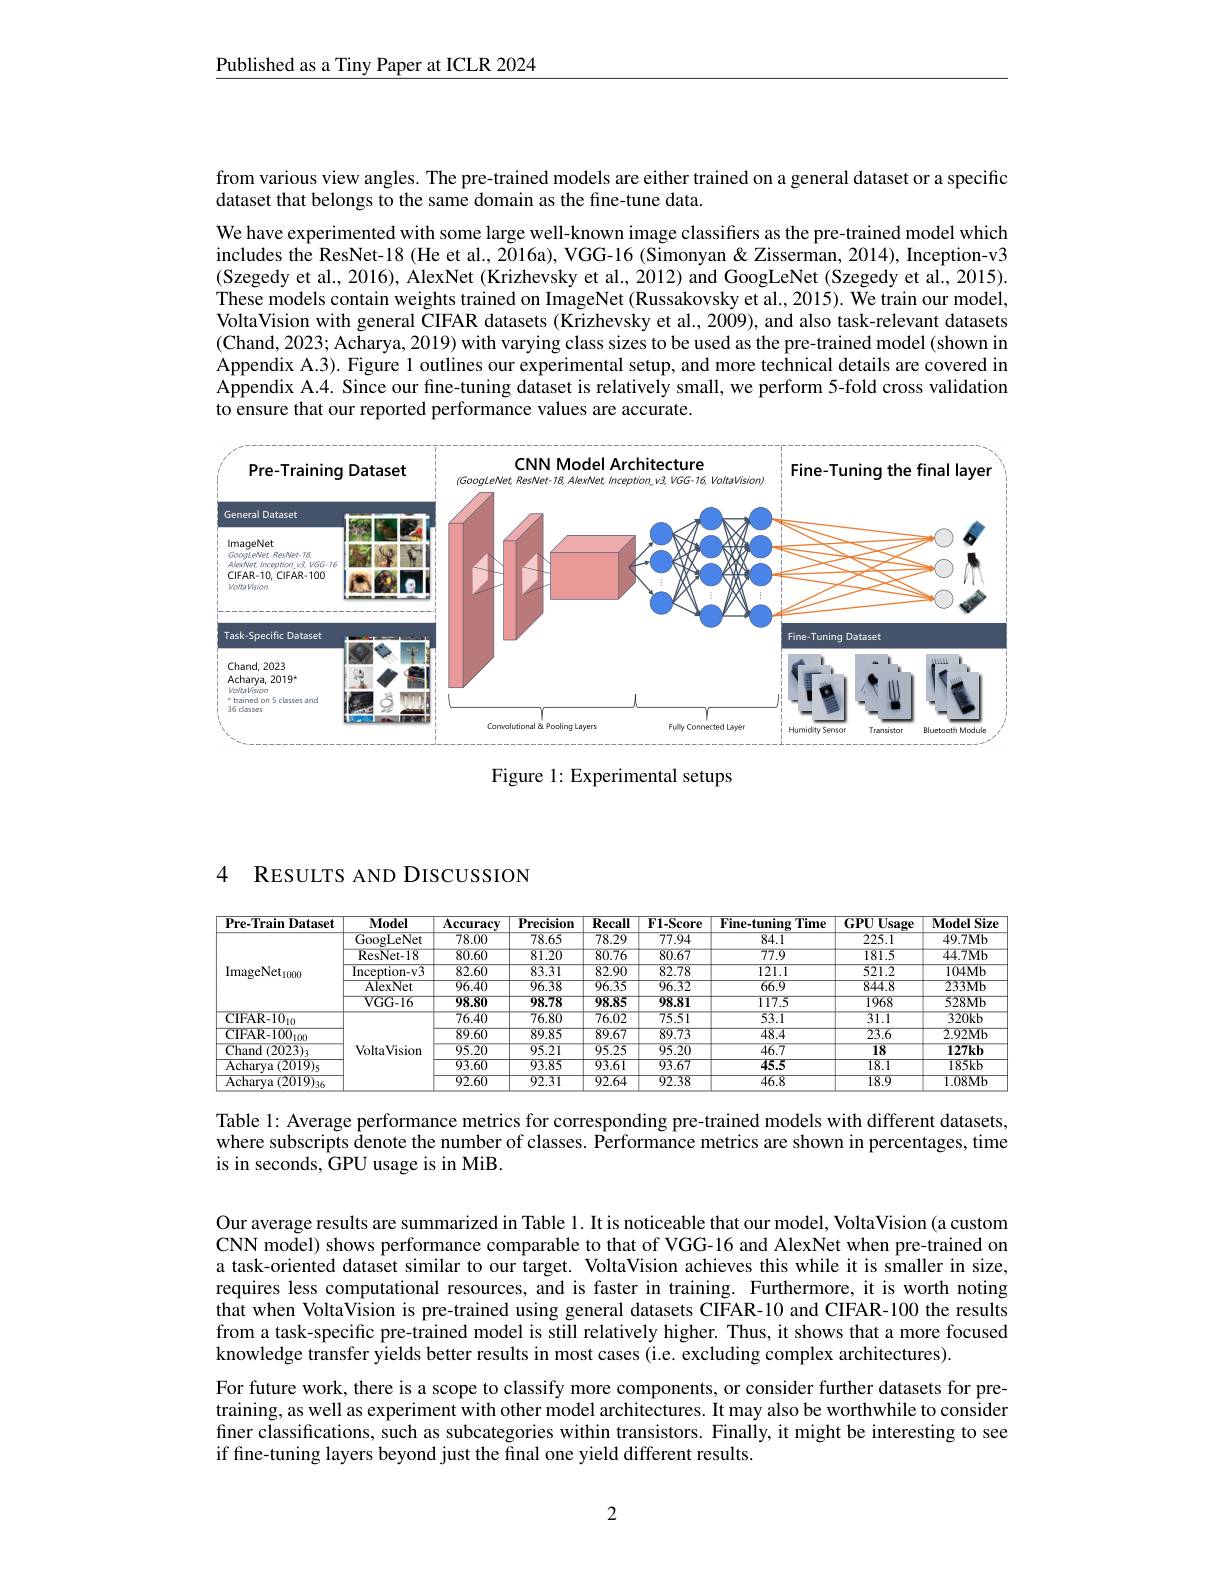
Published as a Tiny Paper at ICLR 2024

from various view angles. The pre-trained models are either trained on a general dataset or a specific
dataset that belongs to the same domain as the fine-tune data.
We have experimented with some large well-known image classifiers as the pre-trained model which includes the ResNet-18 (He et al., 2016a), VGG-16 (Simonyan & Zisserman, 2014), Inception-v3 (Szegedy et al., 2016), AlexNet (Krizhevsky et al., 2012) and GoogLeNet (Szegedy et al., 2015). These models contain weights trained on ImageNet (Russakovsky et al., 2015). We train our model, VoltaVision with general CIFAR datasets (Krizhevsky et al., 2009), and also task-relevant datasets (Chand, 2023; Acharya, 2019) with varying class sizes to be used as the pre-trained model (shown in Appendix A.3). Figure 1 outlines our experimental setup, and more technical details are covered in Appendix A. Since our fine-tuning dataset is relatively small, we perform 5-fold cross validation to ensure that our reported performance values are accurate.

<FigureHere>

Figure 1: Experimental setups

### 4 RESULTS AND DISCUSSION

<table>
	<tbody>
		<tr>
			<th>$\mathbf{Pre-TrainDataset}$</th>
			<th>$\mathbf{Model}$</th>
			<th>$\mathbf{Accuracy}$</th>
			<th>$\mathbf{Precision}$</th>
			<th>Recall</th>
			<th>$\mathbf{F1-Score}$</th>
			<th>Fine-tuning $\overline{{:}\mathbf{Time}}$</th>
			<th>${\mathbf{GPUUSage}}$</th>
			<th>${\mathbf{ModelSize}}$</th>
		</tr>
		<tr>
			<td rowspan="5">$\mathrm{ImageNet}_{1000}$</td>
			<td>GoogLeNet</td>
			<td>78.00</td>
			<td>78.65</td>
			<td>$\overline{78.29}$</td>
			<td>77.94</td>
			<td>$\overline{84.1}$</td>
			<td>225.1</td>
			<td>$49.7Mb$</td>
		</tr>
		<tr>
			<td>ResNet-18</td>
			<td>80.60</td>
			<td>81.20</td>
			<td>80.76</td>
			<td>80.67</td>
			<td>777.9</td>
			<td>181.5</td>
			<td>$44.7Mb$</td>
		</tr>
		<tr>
			<td>Inception-v3</td>
			<td>82.60</td>
			<td>83.31</td>
			<td>82.90</td>
			<td>82.78</td>
			<td>121.1</td>
			<td>521.2</td>
			<td>104Mb</td>
		</tr>
		<tr>
			<td>AlexNet</td>
			<td>96.40</td>
			<td>96.38</td>
			<td>96.35</td>
			<td>96.32</td>
			<td>66.9</td>
			<td>844.8</td>
			<td>$233Mb$</td>
		</tr>
		<tr>
			<td>VGG-16</td>
			<td>98.80</td>
			<td>98.78</td>
			<td>98.85</td>
			<td>98.81</td>
			<td>1177.5</td>
			<td>1968</td>
			<td>$528Mb$</td>
		</tr>
		<tr>
			<td>${\mathrm{CIFAR-10}}_{10}$</td>
			<td rowspan="5">VoltaVision</td>
			<td>76.40</td>
			<td>76.80</td>
			<td>76.02</td>
			<td>75.51</td>
			<td>53.1</td>
			<td>31.1</td>
			<td>$320kb$</td>
		</tr>
		<tr>
			<td>CIFAR-100100</td>
			<td>89.60</td>
			<td>89.85</td>
			<td>89.67</td>
			<td>89.73</td>
			<td>48.4</td>
			<td>$\overline{23.6}$</td>
			<td>$2.92Mb$</td>
		</tr>
		<tr>
			<td>$\mathop{\mathrm{Chand~}}(2023)$</td>
			<td>95.20</td>
			<td>95.21</td>
			<td>95.25</td>
			<td>95.20</td>
			<td>46.7</td>
			<td>18</td>
			<td>$127kb$</td>
		</tr>
		<tr>
			<td>Acharva ( 2019) s</td>
			<td>93.60</td>
			<td>93.85</td>
			<td>93.61</td>
			<td>93.67</td>
			<td>45.5</td>
			<td>18.1</td>
			<td>$185kb$</td>
		</tr>
		<tr>
			<td>$\overline{{\mathrm{Acharya~(2019)}_{36}}}$</td>
			<td>92.60</td>
			<td>9231</td>
			<td>92.64</td>
			<td>92.38</td>
			<td>$\overline{46.8}$</td>
			<td>18.9</td>
			<td>$1.08Mb$</td>
		</tr>
	</tbody>
</table>

Table 1: Average performance metrics for corresponding pre-trained models with different datasets, where subscripts denote the number of classes. Performance metrics are shown in percentages, time is in seconds, GPU usage is in MiB.

Our average results are summarized in Table 1. It is noticeable that our model, VoltaVision (a custom CNN model) shows performance comparable to that of VGG-16 and AlexNet when pre-trained on a task-oriented dataset similar to our target. VoltaVision achieves this while it is smaller in size, requires less computational resources, and is faster in training. Furthermore, it is worth noting that when VoltaVision is pre-trained using general datasets CIFAR-10 and CIFAR-100 the results from a task-specific pre-trained model is still relatively higher. Thus, it shows that a more focused knowledge transfer yields better results in most cases (i.e. excluding complex architectures).
For future work, there is a scope to classify more components, or consider further datasets for pretraining, as well as experiment with other model architectures. It may also be worthwhile to consider finer classifications, such as subcategories within transistors. Finally, it might be interesting to see if fine-tuning layers beyond just the final one yield different results.

2